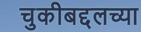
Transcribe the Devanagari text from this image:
चुकीबद्दलच्या